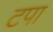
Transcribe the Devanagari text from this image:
टपा